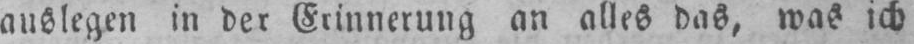
auslegen in der Erinnerung an alles das, was ich